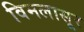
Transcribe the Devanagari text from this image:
विमलासूर